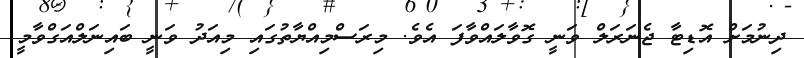
ދިނުމަށް އޮޑިޓާ ޖެނަރަލް ވަނީ ގޮވާލައްވާފަ އެވެ. މިރަސްމިއްޔާތުގައި މިއަދު ވަނީ ބައިނަލްއަގްވާމީ